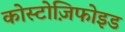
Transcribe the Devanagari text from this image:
कोस्टोज़िफोइड